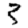
Digit: 3